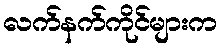
လက်နက်ကိုင်များက